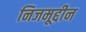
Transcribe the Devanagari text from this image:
निजमूद्दीन